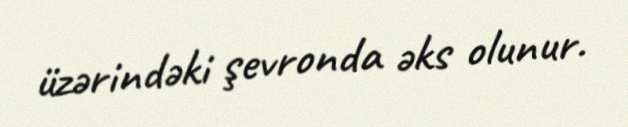
üzərindəki şevronda əks olunur.